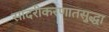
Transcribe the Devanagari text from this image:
सादरीकरणातसुद्धा